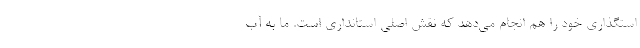
استگذاری خود را هم انجام می‌دهد که نقش اصلی استانداری است. ما به آب